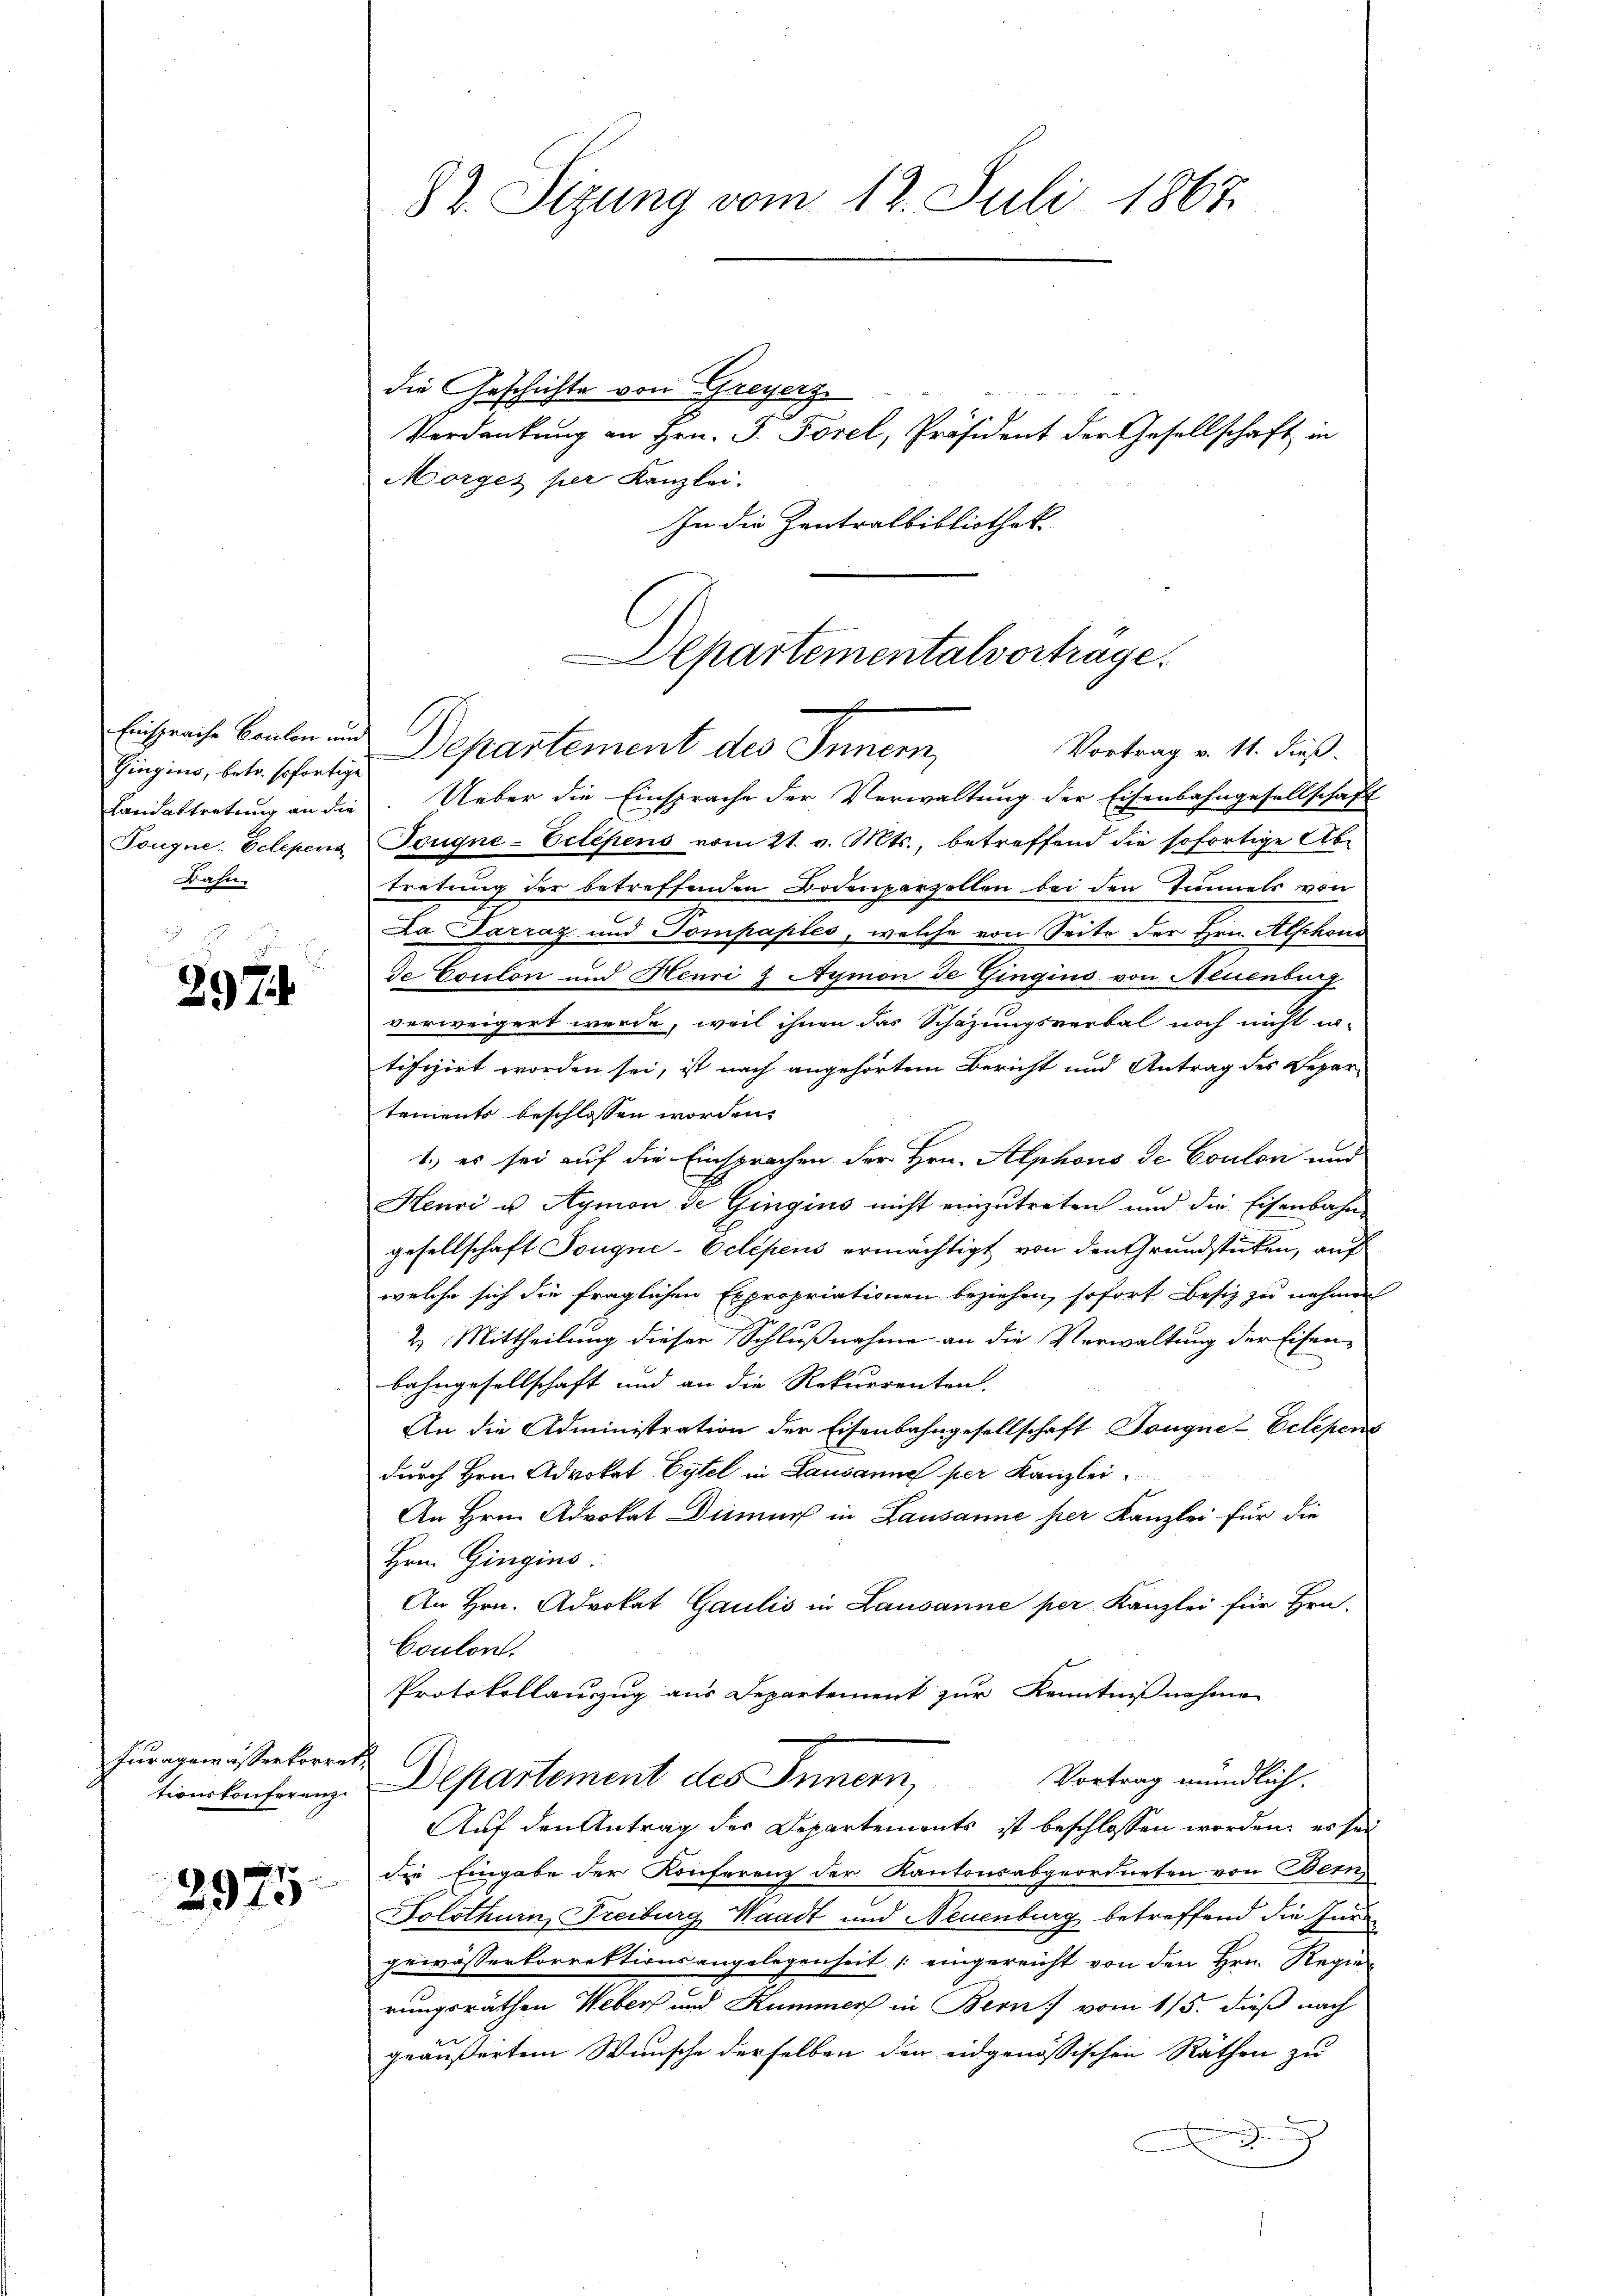
Gingins, betr. sofortige
Bahn.

n
2974

Furagewässerkorret

2975

die Geschichte von Greyerz
Morges per Kanzlei.
In die Zentralbibliothek

Landabtretung an die. Ueber die Einsprache der Verwaltung der Eisenbahngesellschaft
Tougne: Eclepena Tougne-Eclepens vom 21. v. Mts., betreffend die sofortige Ab-
tretung der betreffenden Bodenparzellen bei den Tunnels von
La Parraz und Pompaples, welche von Seite der Hrn. Alschon
de Esulon und Henri & Aymon de Gingins von Neuenburg
verweigert werde, weil ihnen das Schazungsverbal noch nicht in-
tifizirt worden sei, ist nach angehörtem Bericht und Antrag des Depar-
tements beschlossen worden.
1.) es sei auf die Einsprachen der Hrn. Alphons de Coulon und
Henri u Aymon de Gingins nicht einzutreten und die Eisenbahn-
gesellschaft Tougne-Oclepens ermächtigt von den Grundstücken, auf
welche sich die fraglichen Expropriationen beziehen, sofort Besiz zu nehmen
2. Mittheilung dieser Schlußnahme an die Verwaltung der Eisenbahngesellschaft und an die Rekurrenten.
An die Administration der Eisenbahngesellschaft Dougne-Eclipens
durch Hrn. Advokat Eytel in Lausanne per Kanzlei
An Hrn. Advokat Diner in Lausanne per Kanzlei für die
Hrn. Gingins.
An Hrn. Advokat Gaulis in Lausanne per Kanzlei für Hrn.
Coulon.
Protokollauszug aus Departement zur Kenntnißnahmen
e
tionskonferenz-Departement des Innern, Vortrag mündlich.
Auf den Antrag der Departements ist beschlossen worden, es sei
die Eingabe der Konferenz der Kantonsabgeordneten von Bern
Solothurn, Freiburg Waadt und Neuenburg betreffend die Jur
gewässerkorrektionsangelegenheit eingereicht von den Hrn. Regierungsräthen Webers und Kummer in Bern vom 115. dieß nach
geäußertem Wunsche derselben der eidgenössischen Räthen zu

82. Sizung vom 12. Juli 1867

Departementalvortrage.
Einsprache Banken und Departement des Innern,
Vortrag v. 11. dieß.

Verdankung an Hrn. F. Forel, Präsident der Gesellschaft in